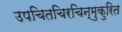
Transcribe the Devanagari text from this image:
उपचितचिरचिन्मुकुरित